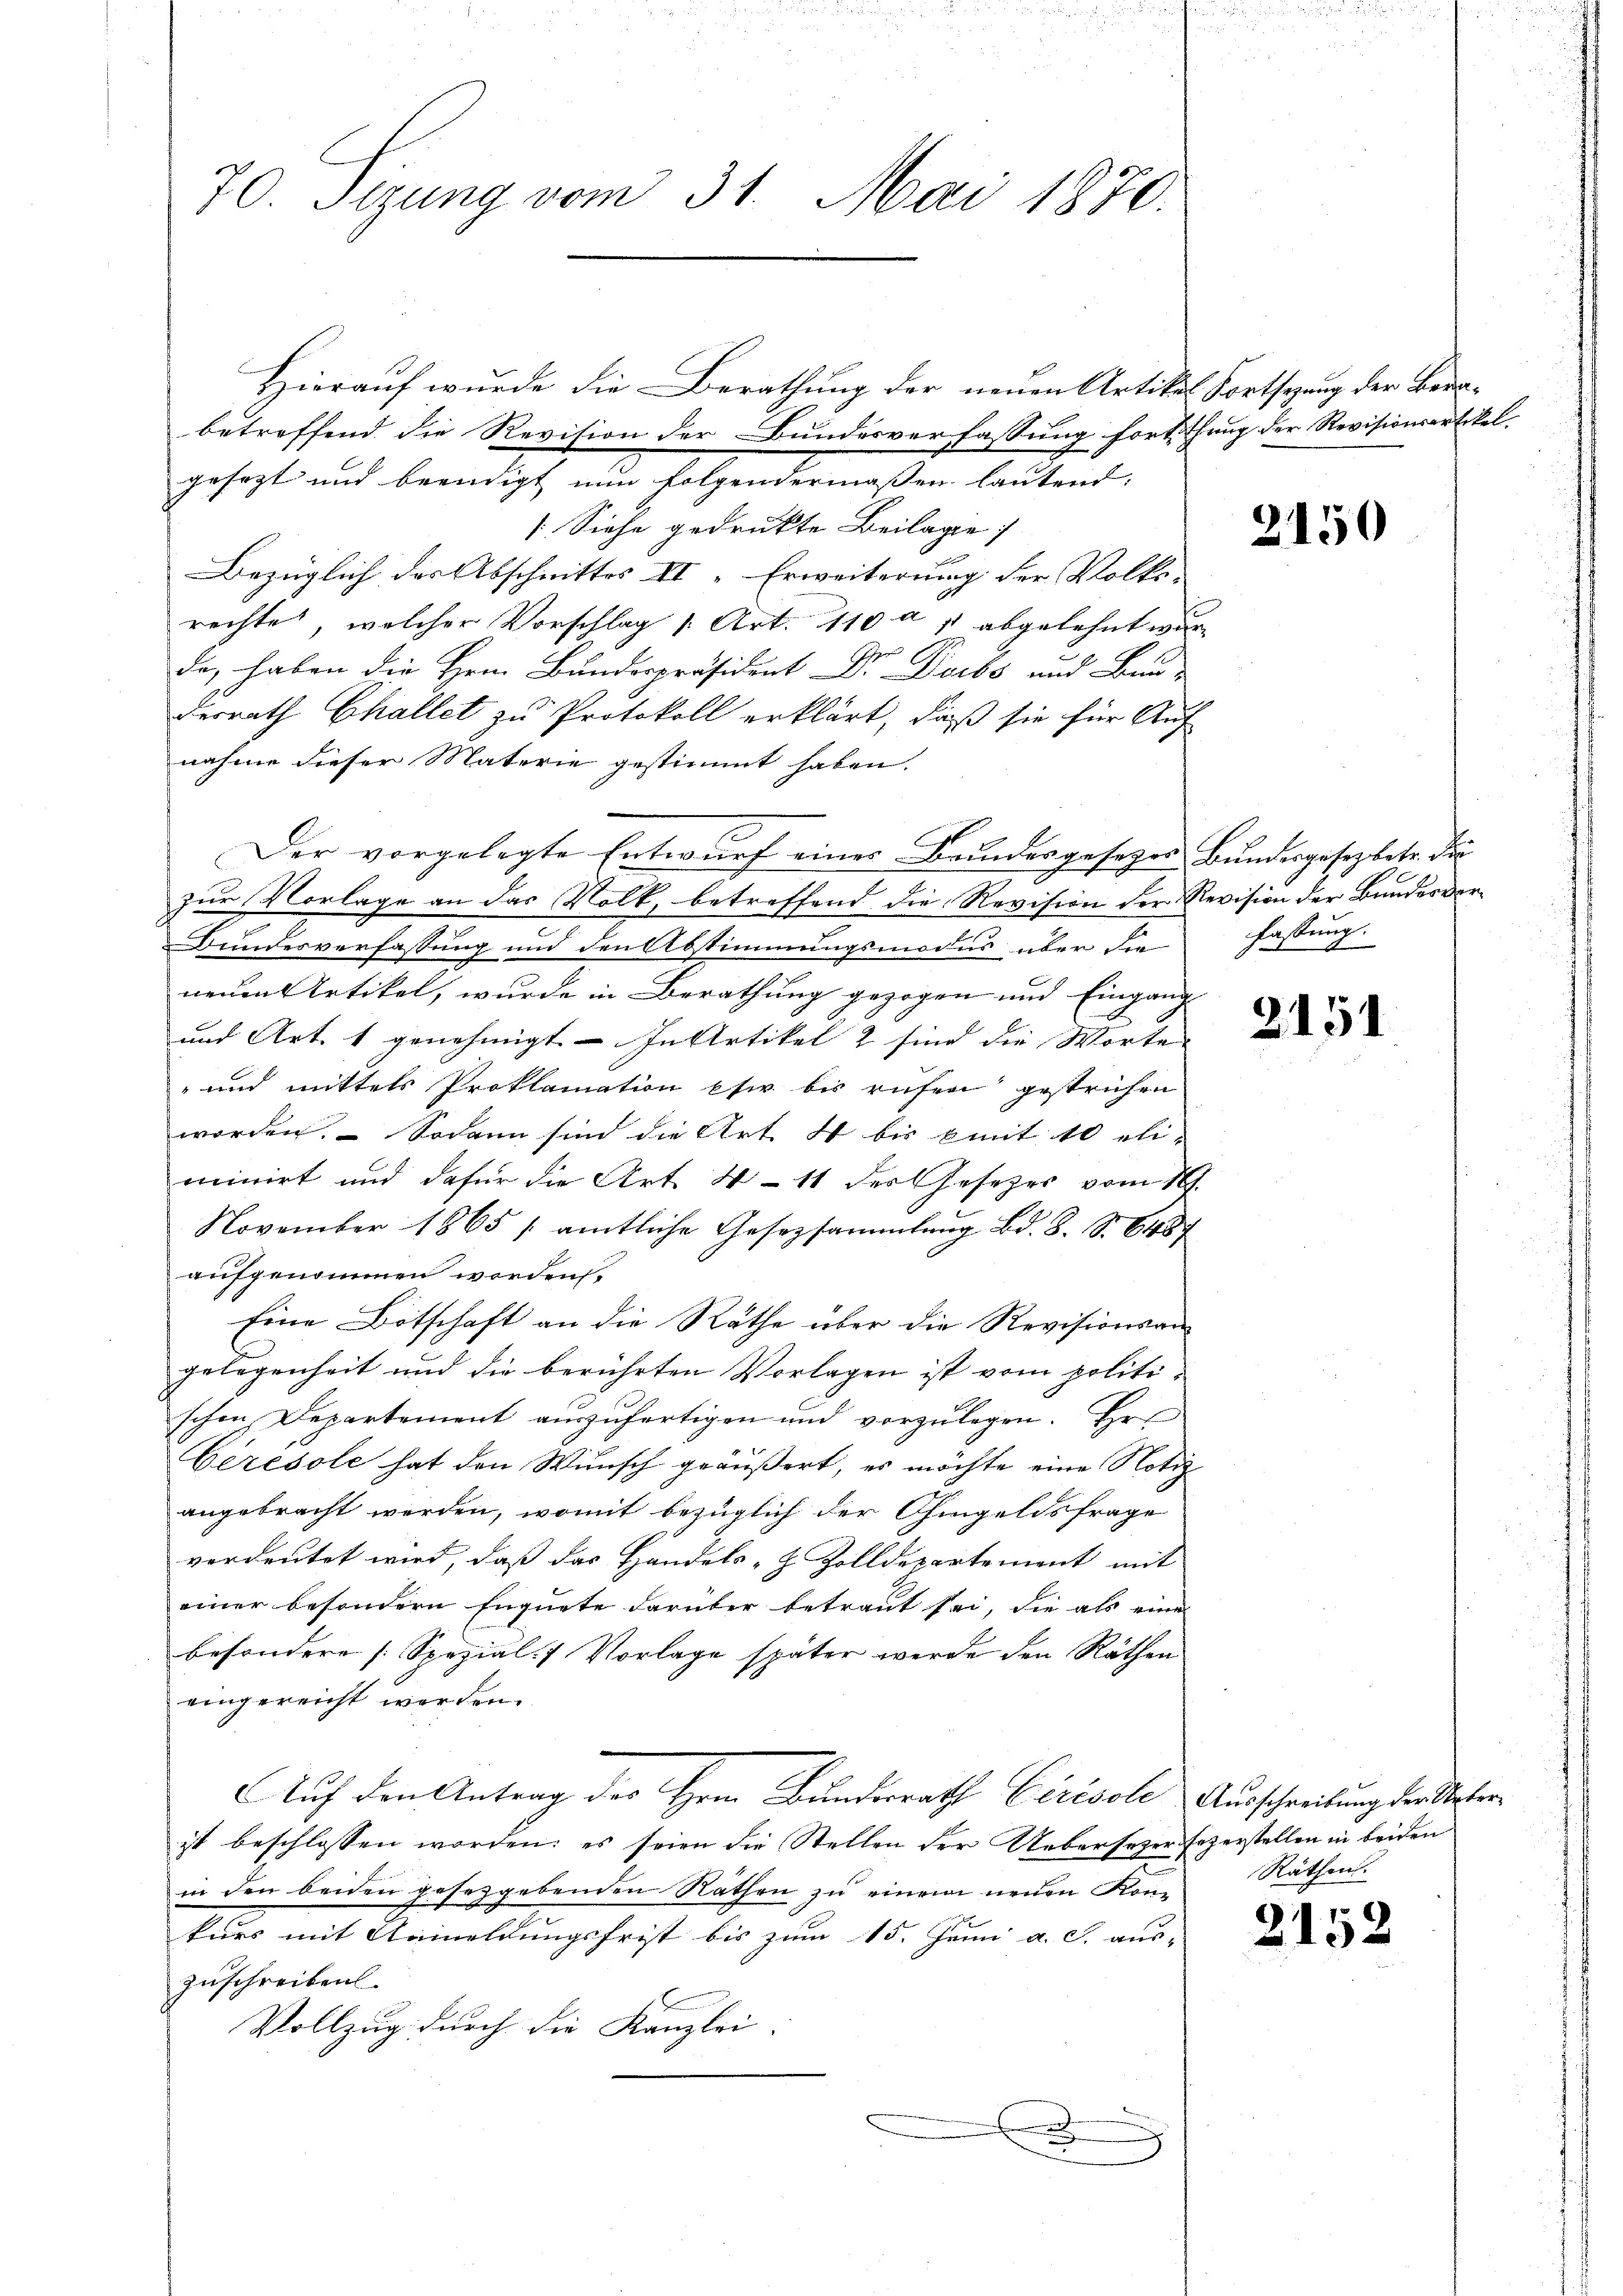
70. Sizung vom 31. Mai 1870.

betreffend die Revision der Bundesverfassung fortthung der Revisionsartikel.
gesezt und beendigt nun folgendermaßen lautend.
[Siehe gedruckte Beilage
Bezüglich des Abschnittes II -Erweiterung der Volks-
rechte, welcher Vorschlag 1. Art. 110 a , abgelehnt wur
de, haben die Hern Bundespräsident Dr. Dorbs und Bun-
derrath Challet zu Protokoll erklärt, daß sie für Auf
nahme dieser Materie gestimmt haben.
Der vorgelegte Entwŭrf einer Beundesgesetzes Bŭndesgesezbetr. die
zur Vorlage an das Volk, betreffend die Revision der Revision der Bundesver¬
Bundesverfassung und den Abstimmungsmodus über die
neuen Artikel, wurde in Berathung gezogen und Eingang
und Art. 1 genehmigt. – In Artikel 2 sind die Worte
" und mittels Proklamation eher bis rufen gestrichen
worden. Sodann sind die Art 4 bis mit 10 eli
minirt und dafür die Art. 411 der Gesetzes vom 16.
November 1865 / amtliche Gesetzsammlung Bd. 8. Sr. Er g
aufgenommen worden.
Eine Botschaft an die Räthe über die Revisionsan
gelegenheit und die berührten Vorlagen ist vom politi-
schen Departement auszufertigen und vorzulegen. Ers
Cerésole hat den Wunsch geäußert, es möchte eine Notiz
angebracht werden, womit bezüglich der Chingeldsfrage
vordeutet wird, daß das Handels- & Zolldepartement mit
einer besondern Enquete darüber betraut sei, die als eine
besondere [Spezial) Vorlage später werde den Räthen
eingereicht werden.
Auf den Antrag des Hrn. Bundesrath Cérésole Ausschreibung der Vaterit beschlossen worden; es seien die Stellen der Uebersezer fezerstellen in beiden
in den beiden gesetzgebenden Näthen zu einem neuen Kom
kurs mit Anmeldungsfrist bis zum 15. Juni a. S. aus-
Zuschreiben
Vollzug durch die Kanzlei- |
.

Hierauf wurde die Berathung der neuen Artikel Fortsezung der Bera¬

3150

fassung.
1

2151

Räthen.

21.